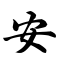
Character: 安